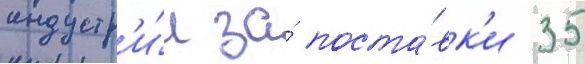
индустр'и́и за́ поста́вк'и 35